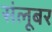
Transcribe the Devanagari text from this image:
संलूबर